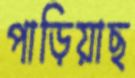
পাড়িয়াছ